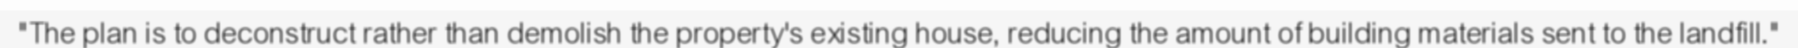
"The plan is to deconstruct rather than demolish the property's existing house, reducing the amount of building materials sent to the landfill."